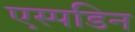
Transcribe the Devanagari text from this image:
एस्पडिन